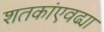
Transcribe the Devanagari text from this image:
शतकांएवढ्या